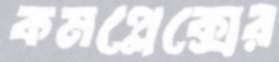
কমপ্লেক্সের